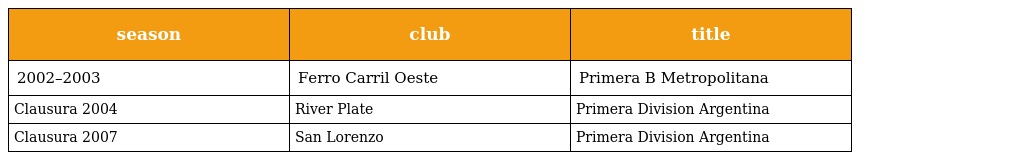
| season | club | title |
 | --- | --- | --- |
 | 2002–2003 | Ferro Carril Oeste | Primera B Metropolitana |
 | Clausura 2004 | River Plate | Primera Division Argentina |
 | Clausura 2007 | San Lorenzo | Primera Division Argentina |